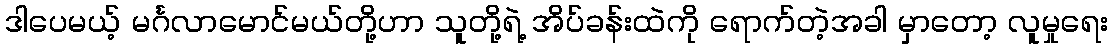
ဒါပေမယ့် မင်္ဂလာမောင်မယ်တို့ဟာ သူတို့ရဲ့ အိပ်ခန်းထဲကို ရောက်တဲ့အခါ မှာတော့ လူမှုရေး